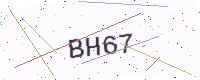
Text: BH67